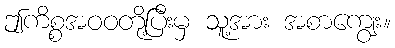
ဤကိစ္စအဝဝတို့ပြီးမှ သူ့အား အစာကျွေး။